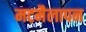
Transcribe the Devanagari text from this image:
मटमैलापन